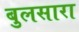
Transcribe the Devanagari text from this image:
बुलसारा